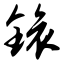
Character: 锿